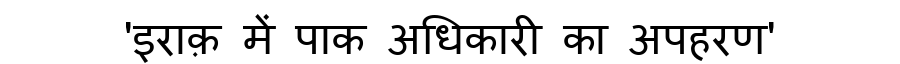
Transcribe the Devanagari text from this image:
'इराक़ में पाक अधिकारी का अपहरण'